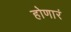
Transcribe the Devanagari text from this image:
होणारं